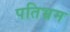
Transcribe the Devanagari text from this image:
पतिभ्रम